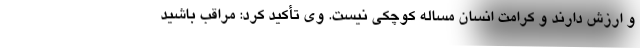
و ارزش دارند و کرامت انسان مساله کوچکی نیست. وی تأکید کرد: مراقب باشید